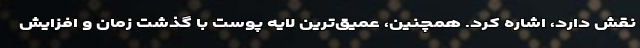
نقش دارد، اشاره کرد. همچنین، عمیق‌ترین لایه پوست با گذشت زمان و افزایش